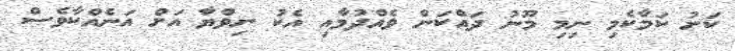
ކަށު ކަމާކެމި ނިމި މޫނު ދައްކަން ވެއްދުމާއި އެކު ނިވްޔާ އަށް އަނެއްކާވެސް